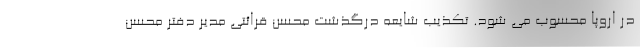
در اروپا محسوب می شود. تکذیب شایعه درگذشت محسن قرائتی مدیر دفتر محسن